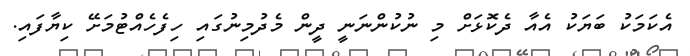
އެކަމަކު ބަޔަކު އެއާ ދެކޮޅަށް މި ނުކުންނަނީ ދީން މެދުމިނުގައި ހިފެހެއްޓުމަށޭ ކިޔާފައި.